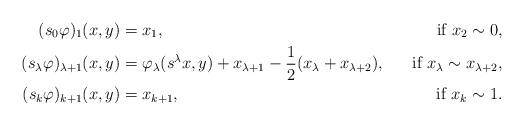
LaTeX: \begin{align*}(s_0\varphi)_1(x,y) & = x_1,& \mbox{if $x_2\sim 0$},\\(s_\lambda\varphi)_{\lambda+1}(x,y) & = \varphi_\lambda(s^\lambda x,y) + x_{\lambda+1} - \frac{1}{2} (x_\lambda +x_{\lambda +2}), & \mbox{if $x_\lambda \sim x_{\lambda +2}$},\\(s_k\varphi)_{k+1}(x,y) & = x_{k+1},& \mbox{if $x_k \sim 1$}.\end{align*}